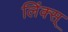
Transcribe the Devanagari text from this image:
लिंक्स्